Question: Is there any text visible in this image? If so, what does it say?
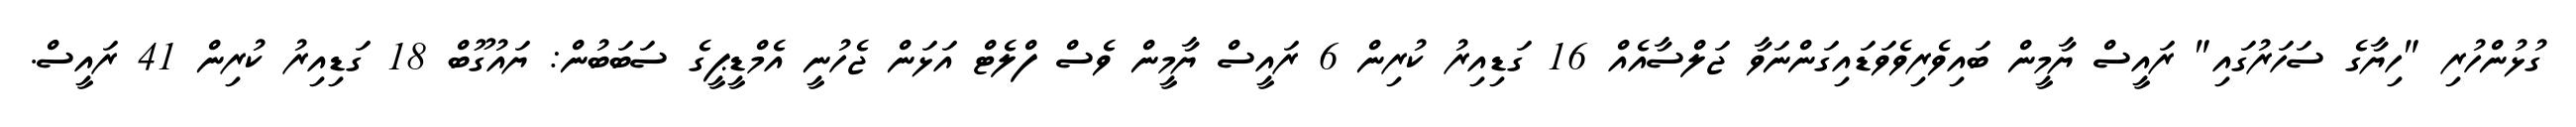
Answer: ގުޅުންހުރި "ހިޔާގެ ސަހަރުގައި" ރައީސް ޔާމީން ބައިވެރިވެވަޑައިގަންނަވާ ޖަލްސާއެއް 16 ގަޑިއިރު ކުރިން 6 ރައީސް ޔާމީން ވެސް ފްލެޓް އަޅަން ޖެހުނީ އެމްޑީޕީގެ ސަބަބުން: ޔައުގޫބް 18 ގަޑިއިރު ކުރިން 41 ރައީސް.